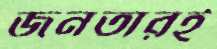
জনতারই